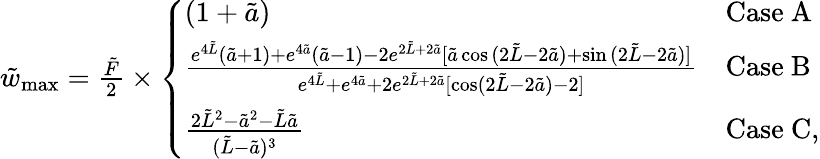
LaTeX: \begin{array}{r}{\tilde{w}_{\mathrm{max}}=\frac{\tilde{F}}{2}\times\left\{ \begin{array}{ll}{(1+\tilde{a})}&{\mathrm{Case~A}}\\ {\frac{e^{4\tilde{L}}(\tilde{a}+1)+e^{4\tilde{a}}(\tilde{a}-1)-2e^{2\tilde{L}+2\tilde{a}}[\tilde{a}\cos{(2\tilde{L}-2\tilde{a})}+\sin{(2\tilde{L}-2\tilde{a})]}}{e^{4\tilde{L}}+e^{4\tilde{a}}+2e^{2\tilde{L}+2\tilde{a}}[\cos(2\tilde{L}-2\tilde{a})-2]}}&{\mathrm{Case~B}}\\ {\frac{2\tilde{L}^{2}-\tilde{a}^{2}-\tilde{L}\tilde{a}}{(\tilde{L}-\tilde{a})^{3}}}&{\mathrm{Case~C},}\end{array}\right.}\end{array}